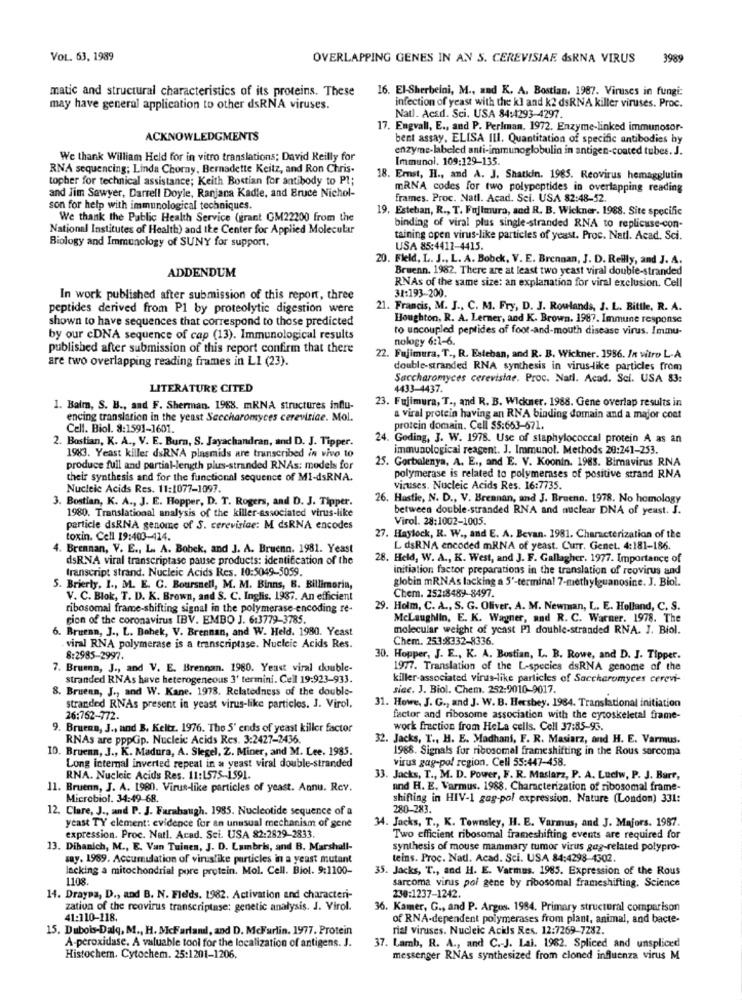
VOL. 63, 1989
OVERLAPPING GENES IN AN S. CEREVISIAE dsRNA VIRUS
3989
matic and structural characteristics of its proteins. These
16. El-Sherbeini, M ., and K. A. Bostian. 1987. Viruses in fungi:
may have general application to other dsRNA viruses.
infection of yeast with the kl and k2 dsRNA killer viruses. Proc.
Natl. Acsd. Sci. USA 84:4293-4297.
17. Engvall, E ., and P. Perlman. 1972. Enzyme-linked immunosor-
ACKNOWLEDGMENTS
bent assay. ELISA III. Quantitation of specific antibodies by
enzyme-labeled anti-immunoglobulin in antigen-coated tubes. J.
We thank William Held for in vitro translations; David Reilly for
Immunol. 109:129-135.
RNA sequencing; Linda Chorny, Bernadette Keitz, and Ron Chris-
topher for technical assistance; Keith Bostian for antibody to Pl;
18. Emst, H ., and A. J. Shatkin. 1985. Reovirus hemagglutin
mRNA codes for two polypeptides in overlapping reading
and Jim Sawyer, Darrell Doyle, Ranjana Kadle, and Bruce Nichol-
frames. Proc. Natl. Acad. Sci. USA 82:48-52.
son for help with immunological techniques.
19, Esteban, R ., T. Fujimura, and R. B. Wickner. 1988. Site specific
We thank the Public Health Service (grant GM22200 from the
National Institutes of Health) and the Center for Applied Molecular
binding of viral plus single-stranded RNA to replicase-con-
taining open virus-like particles of yeast. Proc. Natl. Acad. Sci.
Biology and Immunology of SUNY for support.
USA 85:4411-4415.
20. Field, L. J ., L. A. Bobek, V. E. Brennan, J. D. Reilly, and J. A.
Bruenn. 1982. There are at least two yeast viral double-stranded
ADDENDUM
RNAs of the same size: an explanation for viral exclusion. Cell
31:193-200.
In work published after submission of this report, three
peptides derived from P1 by proteolytic digestion were
21. Francis, M. J ., C. M. Fry, D. J. Rowlands, J. L. Bitile, R. A.
shown to have sequences that correspond to those predicted
Houghton, R. A. Lerner, and K. Brown. 1987. Immune response
to uncoupled peptides of foot-and-mouth disease virus. Immu-
by our cDNA sequence of cap (13). Immunological results
nology 6:1-6.
published after submission of this report confirm that there
are two overlapping reading frames in LI (23).
22. Fujimura, T ., R. Esteban, and R. B. Wickner. 1986. In vitro L-A
double-stranded RNA synthesis in virus-like particles from
Saccharomyces cerevistae. Proc. Narl. Acad. Sci. USA 83:
LITERATURE CITED
4433-4437.
23. Fujimura, T ., and R. B. Wickner, 1988. Gene overlap results in
1. Balm, S. B ., and F. Sherman. 1988. mRNA structures influ-
encing translation in the yeast Saccharomyces cerevisice. Mol.
a viral protein having an RNA binding domain and a major coat
Cell. Biol. 8:1591-1601.
protein domain. Cell $5:663-571.
2. Bostian, K. A ., V. E. Burn, S. Jayachandran, and D. J. Tipper.
24. Goding, J. W. 1978. Use of staphylococcal protein A as an
immunological reagent. J. Immunol. Methods 20:241-253.
1983. Yeast killer dsRNA plasmids are transcribed in vivo 10
25. Gorbalenya, A. E ., and E. V. Koonin. 1988. Birnavirus RNA
produce full and partial-length plus-stranded RNAs: models for
their synthesis and for the functional sequence of MI-dsRNA.
polymerase is related to polymerases of positive strand RNA
Nucleic Acids Res. 11:1077-1097.
viruses. Nucleic Acids Res. 16:7735.
3. Bostian, K. A ., J. E. Hopper, D. T. Rogers, and D. J. Tipper.
26. Hostie, N. D ., V. Brennan, and J. Bruenn. 1978. No homology
1980. Translational analysis of the killer-associated virus-like
between double-stranded RNA and nuclear DNA of yeast. J.
Virol. 28:1002-1005.
particle dsRNA genome of S. cerevisice: M dsRNA encodes
toxin. Cell 19:403-414.
27. Haylock, R. W ., and E. A. Bevan. 1981. Characterization of the
4. Brennan, V. E ., L. A. Bobek, and J. A. Bruenn. 1981. Yeast
L dsRNA encoded mRNA of yeast. Curr. Genet. 4:181-186.
dsRNA viral transcriptase pause products: identification of the
28. Held, W. A ., K. West, and J. F. Gallagher. 1977. Importance of
transcript strand. Nucleic Acids Res. 10:5049-5059
initiation factor preparations in the translation of reovirus and
globin mRNAs lacking a 5'-terminal 7-methylguanosine. J. Biol.
5. Brierty, I ., M. E. C. Boursnell, M. M. Binns, B. Billimorin,
V. C. Blok, T. D. K. Brown, and S. C. Inglis. 1987. An efficient
Chem. 252:8489-8497.
ribosomal frame-shifting signal in the polymerase-encoding re-
29. Holm, C. A ., S. G. Oliver, A. M. Newman, L. E. Holland, C. S.
cion of the coronavirus IBV. EMBO J. 6:3779-3785.
Mclaughlin, E. K. Wagner, and R. C. Warner. 1978. The
6. Bruenn, J ., L. Bohek, V. Brennan, and W. Held. 1980. Yeast
molecular weight of yeast Pl double-stranded RNA. J. Biol.
Chem. 253:8332-8336.
viral RNA polymerase is a transcriptase. Nucleic Acids Res.
8:2985-2997.
30. Hopper, J. E ., K. A. Bostian, L. B. Rowe, and D. J. Tipper.
7. Bruen, J ., and V. E. Brennan. 1980. Yeast viral double-
1977. Translation of the L-species dsRNA genome of the
stranded RNAs have heterogeneous 3' termini. Cell 19:923-933.
killer-associated virus-like particles of Saccharomyces cerevi-
8. Bruenn, J ., and W. Kane. 1978. Relatedness of the double-
siec. J. Biol. Chem. 252:9010-9017.
31. Howe, J. G ., and J. W. B. Hershey. 1984. Translational initiation
stranded RNAs present in yeast virus-like particles. J. Virol,
26:762-772.
factor and ribosome association with the cytoskeletal frame-
9. Bruenn, J ., and B. Keltz. 1976. The 5' ends of yeast killer factor
work fraction from Hela cells. Cell 37:85-95.
RNAs are pppGp. Nucleic Acids Res. 3:2427-2436.
32. Jacks, T ., H. E. Madhani, F. R. Masiarz, and H. E. Varmus.
10. Bruenn, J ., K. Madura, A. Slegel, Z. Miner, and M. Lee. 1985.
1988. Signals for ribosomal frameshifting in the Rous sarcoma
virus gag-pol region. Cell 55:447-458.
Long internal inverted repeat in a yeast viral double-stranded
RNA. Nucleic Acids Res. 11:1575-1591.
33. Jacks, T ., M. D. Power, F. R. Mastarz, P. A. Luciw, P. J. Barr,
11. Bruenn, J. A. 1980. Virus-like particles of yeast. Annu. Rev.
and H. E. Varmus. 1988. Characterization of ribosomal frame-
Microbiol. 34:49-68.
shifting in HIV-1 gag-pol expression. Nature (London) 331:
12. Clare, J ., and P. J. Farabaugh. 1985. Nucleotide sequence of a
280-283.
yeast TY element: evidence for an unusual mechanism of gene
34. Jacks, T ., K. Townsley, H. E. Varmus, and J. Majors. 1987.
expression. Proc. Natl. Acad. Sci. USA 82:2829-2833.
Two efficient ribosomal frameshifting events are required for
13. Dibanich, M ., E. Van Tuinen, J. D. Lambris, and B. Marshall-
synthesis of mouse mammary tumor virus gag-related polypro-
say. 1989. Accumulation of viruslike particles in a yeast mutant
teins. Proc. Nad. Acad. Sci. USA 84:4298 4502.
lacking a mitochondrial pore protein. Mol. Cell. Biol. 9:1100-
35. Jacks, T ., and H. E. Varmus. 1985. Expression of the Rous
1108.
sarcoma virus pol gene by ribosomal frameshifting. Science
14. Drayea, D ., and B. N. Fields. 1982. Activation and characteri-
230:1237-1242.
zation of the reovirus transcriptase; genetic analysis. J. Virol.
36. Kamer, G ., and P. Argos. 1984. Primary structural comparison
41:110-118.
of RNA-dependent polymerases from plant, animal, and bacte-
15. Dubois-Dalq, M ., H. Mcfarlandl, and D. McFarlin. 1977. Protein
rial viruses. Nucleic Ackls Res. 12:7269-7282.
A-peroxidase. A valuable tool for the localization of antigens. J.
37. Lamb, R. A ., and C .- J. Lai. 1982. Spliced and unspliced
Histochem. Cytochem. 25:1201-1206.
messenger RNAs synthesized from cloned influenza virus M